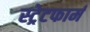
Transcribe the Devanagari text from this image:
स्ट्रेटफार्म